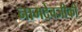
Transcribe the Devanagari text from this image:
नामदेवजीकी